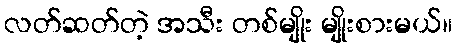
လတ်ဆတ်တဲ့ အသီး တစ်မျိုး မျိုးစားမယ်။